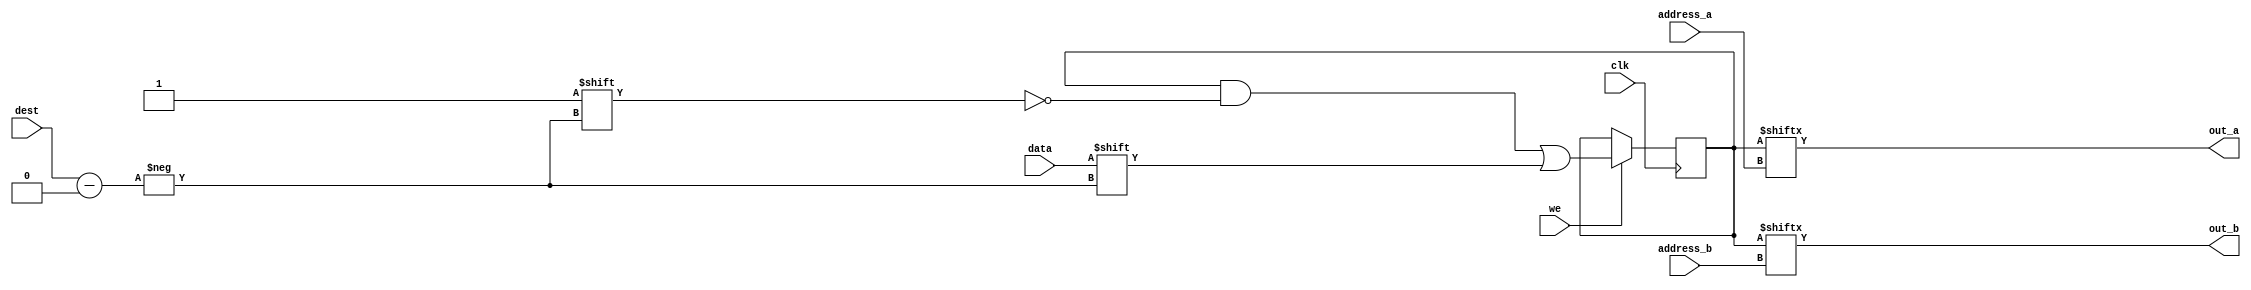
module ram(
	clk,
	address_a,
	address_b,
	dest,
	data,
	out_a,
	out_b,
	we
);

parameter ADDR_WIDTH = 4;
parameter RAM_DEPTH = 16;

input[ADDR_WIDTH-1:0] address_a;
input[ADDR_WIDTH-1:0] address_b;
input[ADDR_WIDTH-1:0] dest;
input data;
input clk;
input we;

output out_a, out_b;

reg [RAM_DEPTH-1:0] mem;

assign out_a = mem[address_a];
assign out_b = mem[address_b];


always @ (negedge clk)
begin : MEM_WRITE
	if (we)
		mem[dest] <= data;
end

initial
begin
	mem = 16'b0;	
	mem[0] = 1;
	mem[1] = 0;
	mem[2] = 0;
	mem[3] = 1;

	mem[4] = 0;
	mem[5] = 1;
	mem[6] = 1;
	mem[7] = 1;

end



endmodule